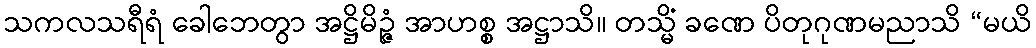
သကလသရီရံ ခေါဘေတွာ အဋ္ဌိမိဉ္ဇံ အာဟစ္စ အဋ္ဌာသိ။ တသ္မိံ ခဏေ ပိတုဂုဏမညာသိ “မယိ